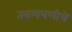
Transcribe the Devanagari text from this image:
तरुणपणीचे